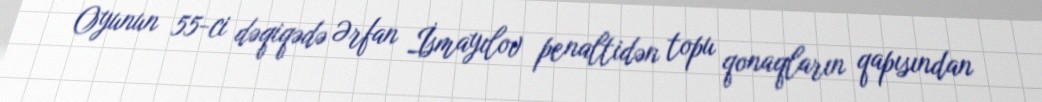
Oyunun 55-ci dəqiqədə Ərfan İsmayılov penaltidən topu qonaqların qapısından